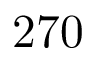
2 7 0